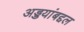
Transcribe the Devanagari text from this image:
अड्डयांबद्दल